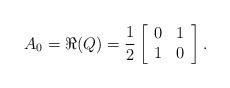
LaTeX: \begin{align*}A_0 = \Re(Q) = \frac{1}{2}\left[ \begin{array}{cc} 0 & 1\\ 1 & 0 \end{array} \right].\end{align*}